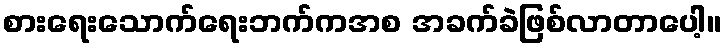
စားရေးသောက်ရေးဘက်ကအစ အခက်ခဲဖြစ်လာတာပေါ့။